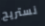
نستريح